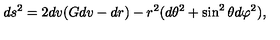
d s ^ { 2 } = 2 d v ( G d v - d r ) - r ^ { 2 } ( d \theta ^ { 2 } + \sin ^ { 2 } \theta d \varphi ^ { 2 } ) ,